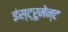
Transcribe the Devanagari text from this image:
इंस्ट्रुमेन्ट